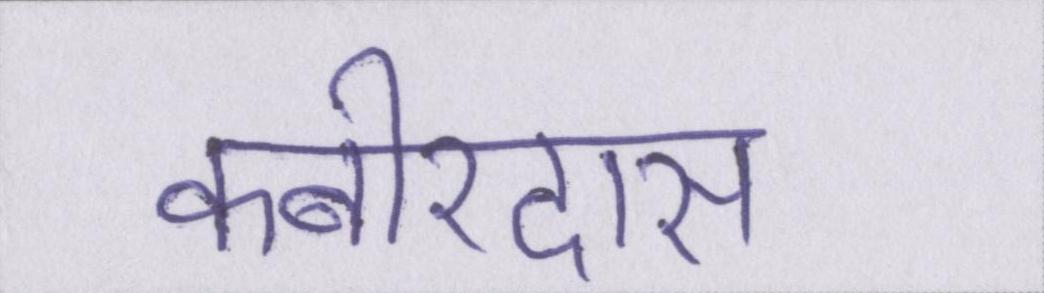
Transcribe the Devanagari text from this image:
कबीरदास